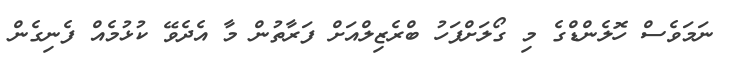
ނަމަވެސް ހޮލެންޑްގެ މި ގޯލަށްފަހު ބްރެޒިލްއަށް ފަރާތުން މާ އެދެވޭ ކުޅުމެއް ފެނިގެން